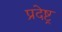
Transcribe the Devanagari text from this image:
प्रदेष्ट्र